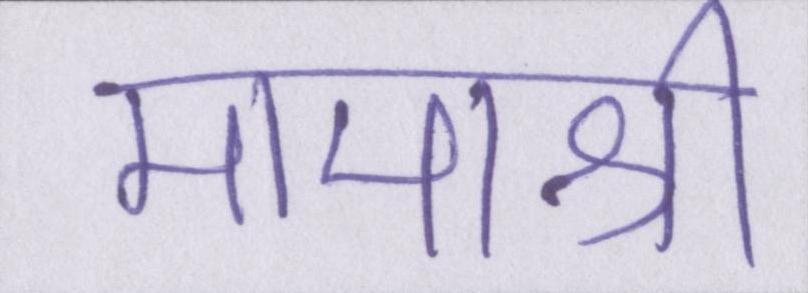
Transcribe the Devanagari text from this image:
मामाश्री